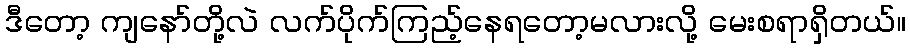
ဒီတော့ ကျနော်တို့လဲ လက်ပိုက်ကြည့်နေရတော့မလားလို့ မေးစရာရှိတယ်။